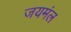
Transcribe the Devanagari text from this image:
जयमंल